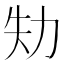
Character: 劮